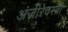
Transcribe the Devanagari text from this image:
अंजीरेदस्ती